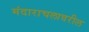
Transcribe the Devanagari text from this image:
मंदाराचलावरील